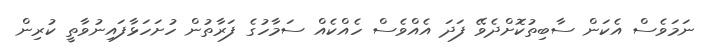
ނަމަވެސް އެކަން ސާބިތުކޮށްދެވޭ ފަދަ އެއްވެސް ހެއްކެއް ސަމާހުގެ ފަރާތުން ހުށަހަޅާފައިނުވާތީ ކުރިން